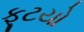
ફૂટયો